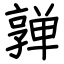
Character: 亸